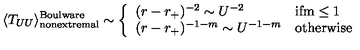
\langle T _ { U U } \rangle _ { \mathrm { n o n e x t r e m a l } } ^ { \mathrm { B o u l w a r e } } \sim \left\{ \begin{array} { l l } { ( r - r _ { + } ) ^ { - 2 } \sim U ^ { - 2 } } & { \mathrm { i f m \le 1 } } \\ { ( r - r _ { + } ) ^ { - 1 - m } \sim U ^ { - 1 - m } } & { \mathrm { o t h e r w i s e } } \\ \end{array} \right.